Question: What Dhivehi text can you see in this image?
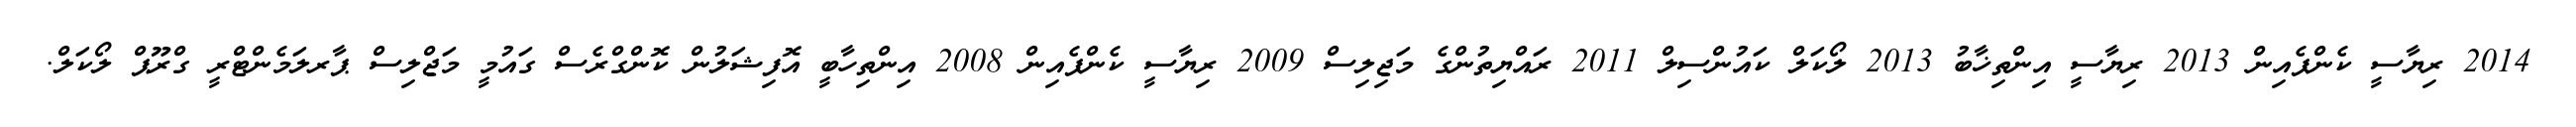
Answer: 2014 ރިޔާސީ ކެންޕެއިން 2013 ރިޔާސީ އިންތިޚާބު 2013 ލޯކަލް ކައުންސިލް 2011 ރައްޔިތުންގެ މަޖިލިސް 2009 ރިޔާސީ ކެންޕެއިން 2008 އިންތިހާބީ އޮފިޝަލުން ކޮންގްރެސް ގައުމީ މަޖްލިސް ޕާރލަމެންޓްރީ ގްރޫޕް ލޯކަލް.